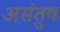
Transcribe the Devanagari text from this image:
असंतुष